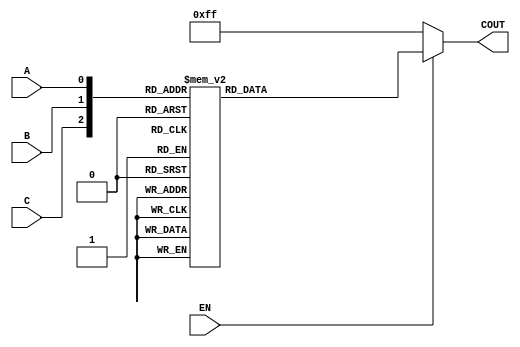
module decoder_3_8 (
    EN,A,B,C,COUT
);
    input EN,A,B,C;
    output[7:0] COUT;
    parameter s0 = 3'b000,s1= 3'b001,s2= 3'b010,s3 = 3'b011,
    s4 = 3'b100,s5 = 3'b101,s6 = 3'b110,s7 = 3'b111;
    reg[7:0] COUT;
    reg[2:0] ADR;
    always @(A,B,C,EN) begin
        ADR = {C,B,A};
        if(!EN) COUT <= 8'b11111111;
        else
            case(ADR)
                s0: COUT <= ~8'b11111110;
                s1: COUT <= ~8'b11111101;
                s2: COUT <= ~8'b11111011;
                s3: COUT <= ~8'b11110111;
                s4: COUT <= ~8'b11101111;
                s5: COUT <= ~8'b11011111;
                s6: COUT <= ~8'b10111111;
                s7: COUT <= ~8'b01111111;
					 default:COUT<=8'b11111111;
            endcase
    end 
endmodule